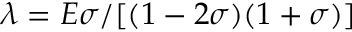
\lambda = { E \sigma } / [ { ( 1 - 2 \sigma ) ( 1 + \sigma ) } ]